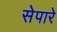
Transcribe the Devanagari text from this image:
सेपारे